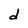
Character: d